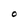
Character: O